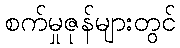
စက်မှုဇုန်များတွင်